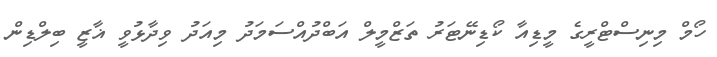
ހޯމް މިނިސްޓްރީގެ މީޑިއާ ކޯޑިނޭޓަރު ތަޒްމީލް އަބްދުއްސަމަދު މިއަދު ވިދާޅުވީ ޣާޒީ ބިލްޑިން